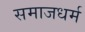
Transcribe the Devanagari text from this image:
समाजधर्म